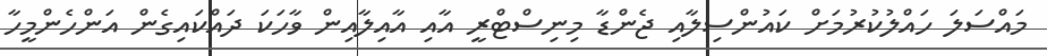
މައްސަލަ ހައްލުކުރުމަށް ކައުންސިލާއި ޖެންޑާ މިނިސްޓްރީ އާއި އާއިލާއިން ވާހަކަ ދައްކައިގެން އަންހެންމީހާ